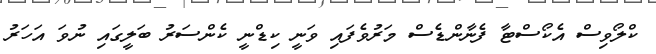
ކްލޯވިސް އެކޯސްޓާ ފެނާންޑެސް މަރުވެފައި ވަނީ ކިޑްނީ ކެންސަރު ބަލީގައި ނުވަ އަހަރު